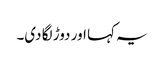
یہ کہا اور دوڑ لگا دی۔